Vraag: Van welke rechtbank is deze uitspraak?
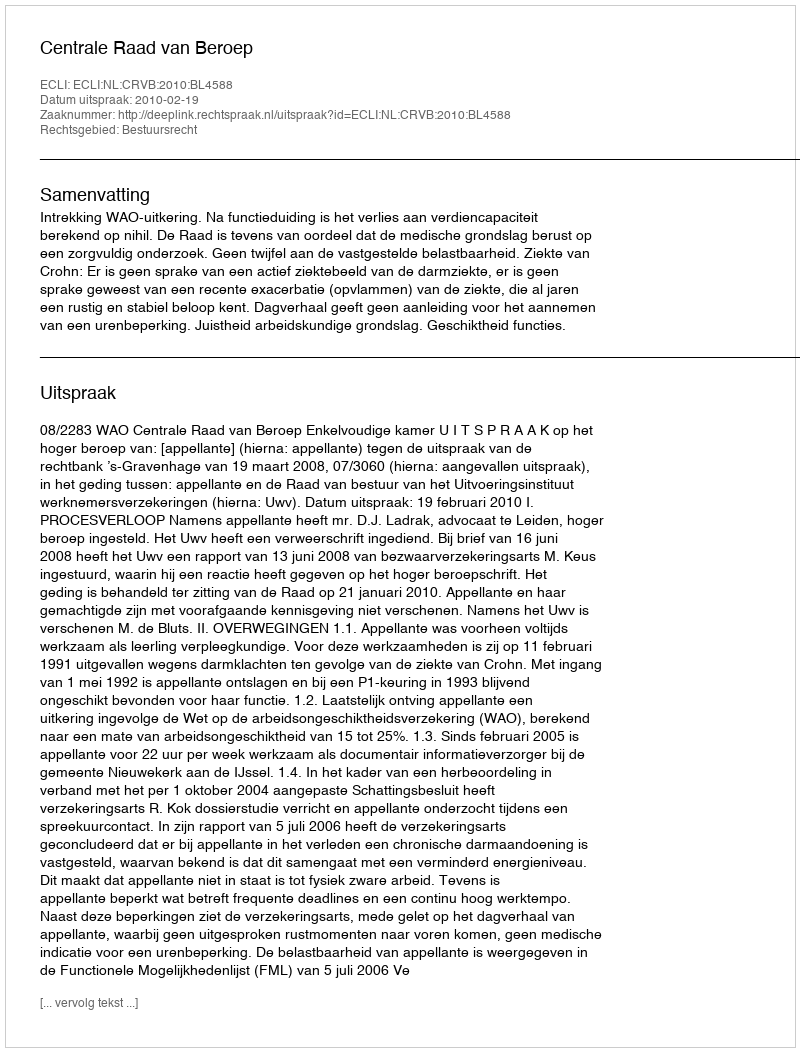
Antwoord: Centrale Raad van Beroep